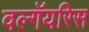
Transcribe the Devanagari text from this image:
वल्गॅयरिस